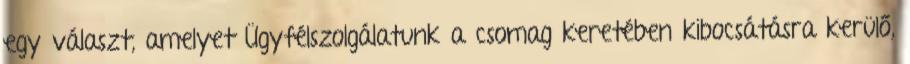
egy választ, amelyet Ügyfélszolgálatunk a csomag keretében kibocsátásra kerülő,